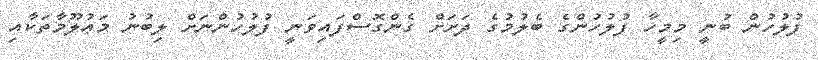
ފުލުހުން ބުނީ މިމީހާ ފުލުހުންގެ ބެލުމުގެ ދަށަށް ގެންގޮސްފައިވަނީ ފުލުހުންނަށް ލިބުނު މަޢުލޫމާތަކާއި